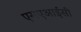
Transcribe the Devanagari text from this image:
एसएआईसी